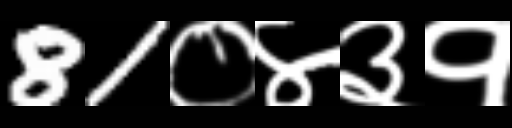
Text: 81०४३१